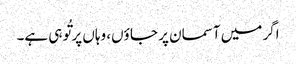
اگر میں آسمان پر جا ؤں، وہاں پر تُو ہی ہے۔